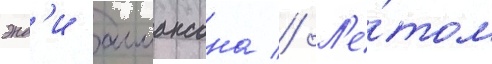
энд'и аллансона // Л'е́том